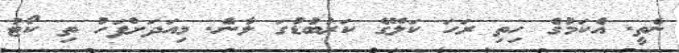
ނެތީ. އެކަމުގެ ހިތި ރަހަ ކަލޭގެ ކަރުބުޑުގަ ލާނެ. މިއަދަށްފަހު ތި ކޯޓު